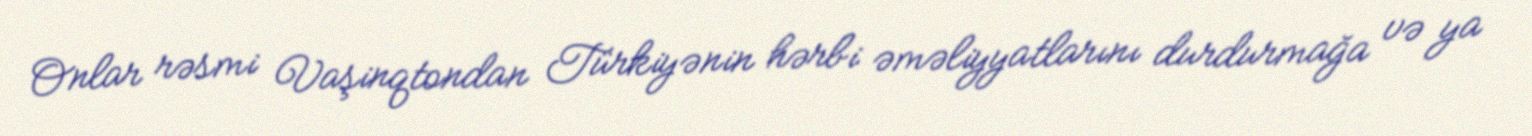
Onlar rəsmi Vaşinqtondan Türkiyənin hərbi əməliyyatlarını durdurmağa və ya